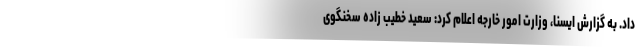
داد. به گزارش ایسنا، وزارت امور خارجه اعلام کرد: سعید خطیب زاده سخنگوی